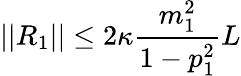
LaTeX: \lvert|R_{1}\rvert|\leq 2\kappa\frac{m_{1}^{2}}{1-p_{1}^{2}}L